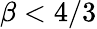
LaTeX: \beta<4/3